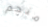
منجم